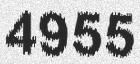
4955